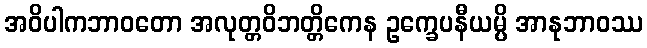
အဝိပါကဘာဝတော အလုတ္တဝိဘတ္တိကေန ဥက္ခေပနီယမ္ပိ အာနုဘာဝဿ